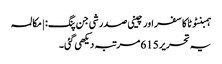
ہمبنٹوٹا کا سفر اور چینی صدر شی جن پنگ: | مکالمہ
یہ تحریر 615 مرتبہ دیکھی گئی۔